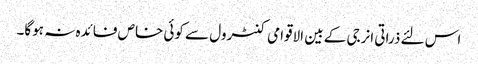
اس لئے ذراتی انرجی کے بین الاقوامی کنٹرول سے کوئی خاص فائدہ نہ ہوگا۔